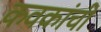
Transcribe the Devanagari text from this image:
कवकांची